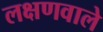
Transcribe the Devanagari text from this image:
लक्षणवाले